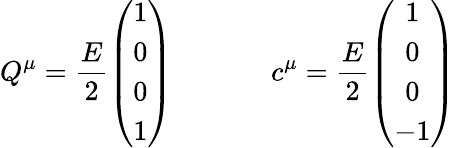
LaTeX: Q^{\mu}=\frac{E}{2}\left(\begin{array}{c}{{1}}\\ {{0}}\\ {{0}}\\ {{1}}\end{array}\right)~~~~~~~~~~~~~~c^{\mu}=\frac{E}{2}\left(\begin{array}{c}{{1}}\\ {{0}}\\ {{0}}\\ {{-1}}\end{array}\right)